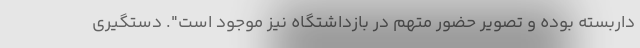
داربسته بوده و تصویر حضور متهم در بازداشتگاه نیز موجود است". دستگیری